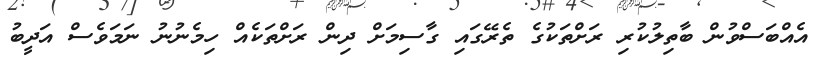
އެއްބަސްވުން ބާތިލުކުރި ރަށްތަކުގެ ތެރޭގައި ގާސިމަށް ދިން ރަށްތަކެއް ހިމެނުނު ނަމަވެސް އަދީބު